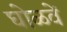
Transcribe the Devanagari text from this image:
घोळवें